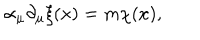
LaTeX: \alpha _ { \mu } \partial _ { \mu } \xi ( x ) = m \chi ( x ) ,